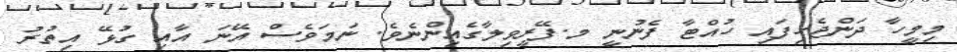
މިމީހާ ދަންޖެހިފައި ހުއްޓާ ފެނުނީ މ.ފޭރީވިލާގެއިންނެވެ. ނަމަވެސް އޭނަ އާއި ގުޅޭ އިތުރު